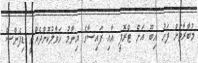
މުބާރާތަށް ފަހު އިބޫ އަށް ޓްރޮފީ އާއި ފައިސާގެ އިނާމު ހަވާލުކޮށްދެއްވީ ޑިފެންސް